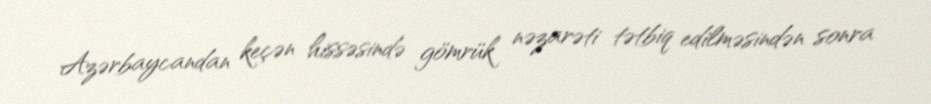
Azərbaycandan keçən hissəsində gömrük nəzarəti tətbiq edilməsindən sonra